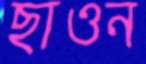
ছাওন